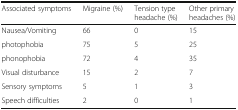
| Associated symptoms | Migraine (%) | Tension type headache (%) | Other primary headaches (%) |
 | --- | --- | --- | --- |
 | Nausea/Vomiting | 66 | 0 | 15 |
 | photophobia | 75 | 5 | 25 |
 | phonophobia | 72 | 4 | 35 |
 | Visual disturbance | 15 | 2 | 7 |
 | Sensory symptoms | 5 | 1 | 3 |
 | Speech difficulties | 2 | 0 | 1 |